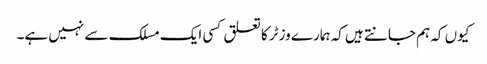
کیوں کہ ہم جانتے ہیں کہ ہمارے وزٹر کا تعلق کسی ایک مسلک سے نہیں ہے۔